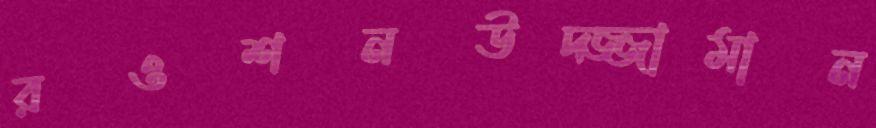
রওশনউদ্জ্জামান